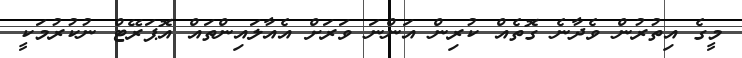
މީގެ އިތުރުން ވެދާނެ ގޮތެއް ކުރިން އަންނަ ވަރަށް އެއާލައިންތައް އޮޕަރޭޓް ނުކުރުމަކީ